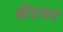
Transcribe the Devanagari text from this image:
शेटनर